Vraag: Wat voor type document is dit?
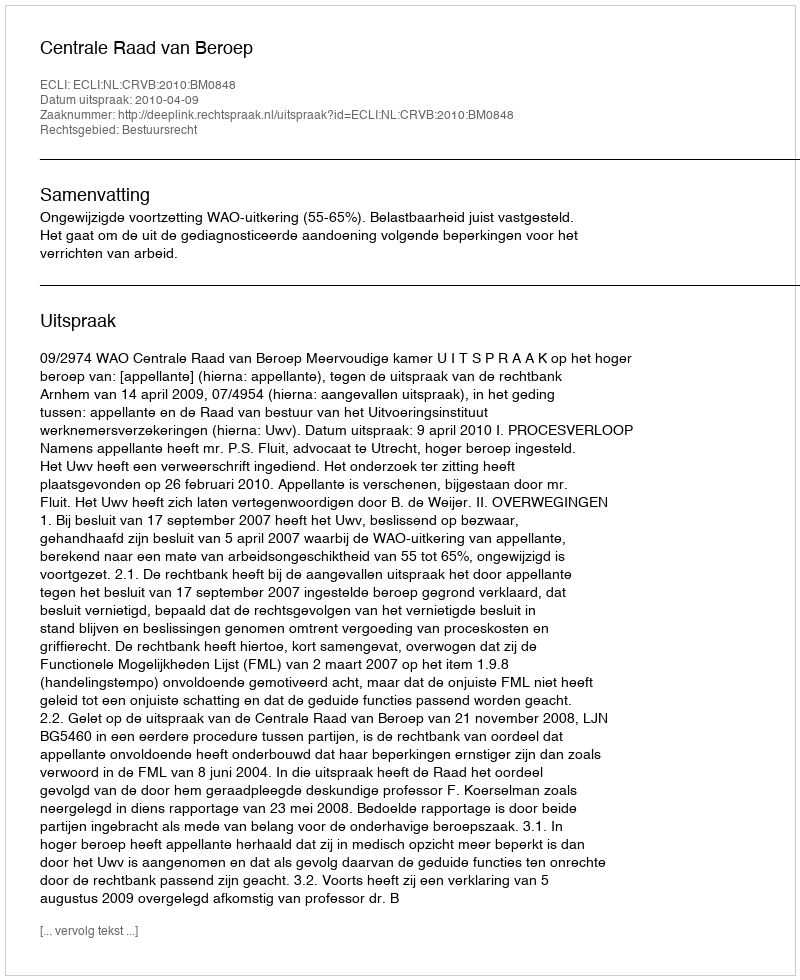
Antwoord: Uitspraak